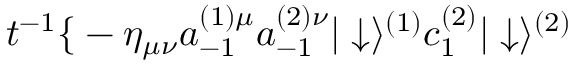
t ^ { - 1 } \mathrm { \Large { \{ } } - \eta _ { \mu \nu } a _ { - 1 } ^ { ( 1 ) \mu } a _ { - 1 } ^ { ( 2 ) \nu } | \downarrow \rangle ^ { ( 1 ) } c _ { 1 } ^ { ( 2 ) } | \downarrow \rangle ^ { ( 2 ) }